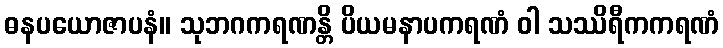
ဓနပယောဇာပနံ။ သုဘဂကရဏန္တိ ပိယမနာပကရဏံ ဝါ သဿိရီကကရဏံ